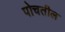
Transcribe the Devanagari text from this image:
पोचतील